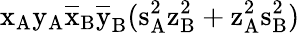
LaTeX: \mathrm{x_{A}\mathrm{y_{A}\mathrm{\overline{{x}}_{B}\mathrm{\overline{{y}}_{B}(\mathrm{s_{A}^{2}\mathrm{z_{B}^{2}+\mathrm{z_{A}^{2}\mathrm{s_{B}^{2})}}}}}}}}